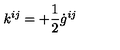
k ^ { i j } = + \frac { 1 } { 2 } \dot { g } ^ { i j }